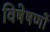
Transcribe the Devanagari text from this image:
विषेषणों